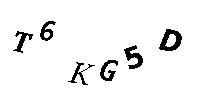
T6KG5D